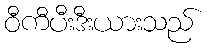
ဝီကီပီးဒီးယားသည်